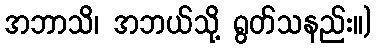
အဘာသိ၊ အဘယ်သို့ ရွတ်သနည်း။)